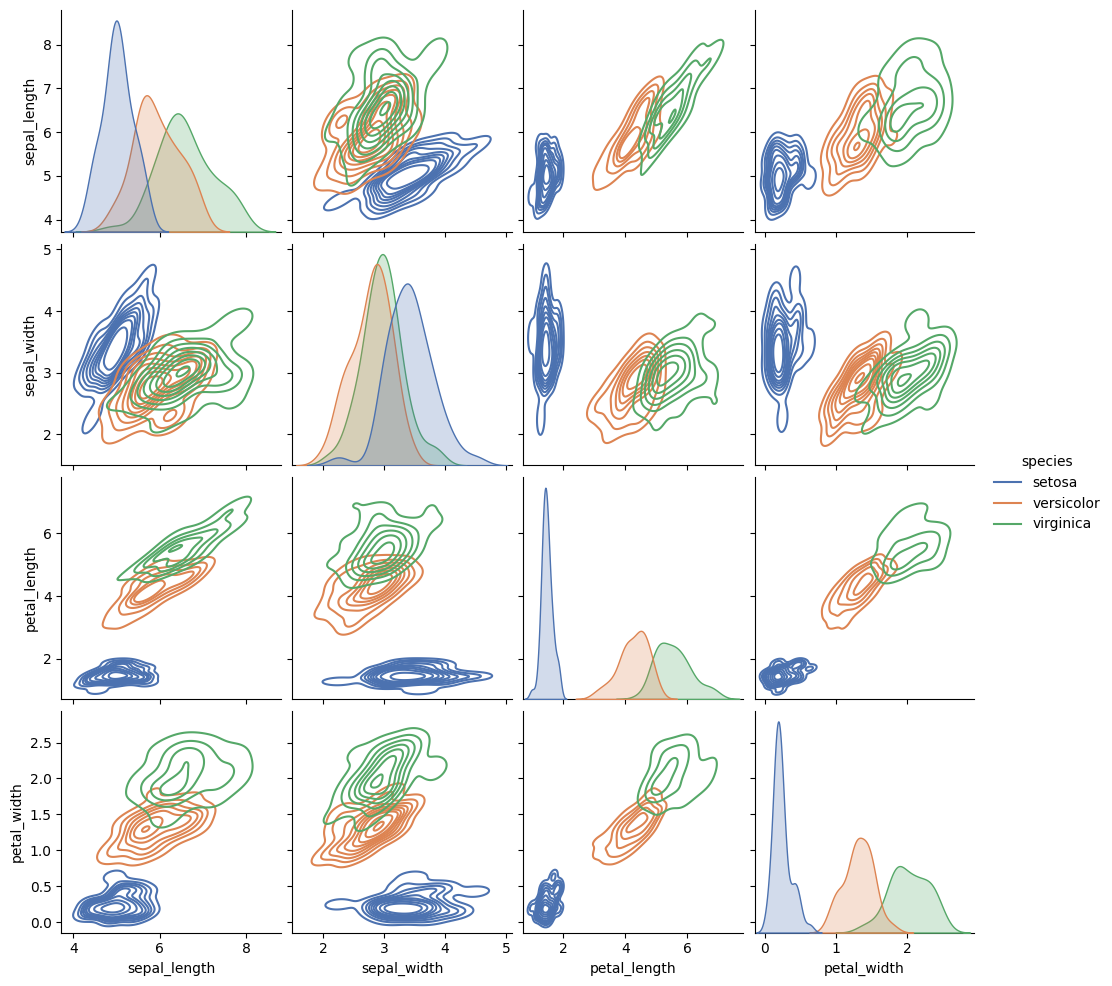
python, seaborn, pairplot, palette='deep', markers=['o'], kind='kde', diag_kind='auto'